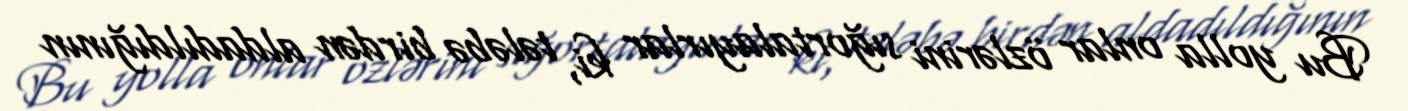
Bu yolla onlar özlərini sığortalayırlar ki, tələbə birdən aldadıldığının